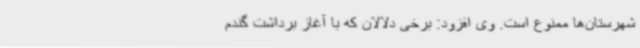
شهرستان‌ها ممنوع است. وی افزود: برخی دلالان که با آغاز برداشت گندم